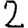
Digit: 2